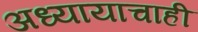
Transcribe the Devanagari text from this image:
अध्यायाचाही